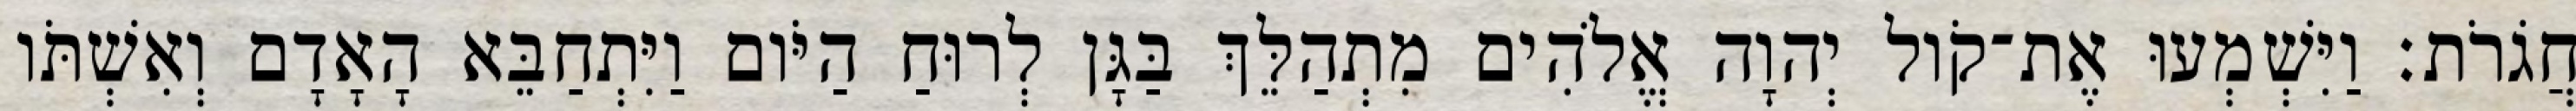
חֲגֹרֹת׃ וַיִּשְׁמְעוּ אֶת־קֹול יְהוָה אֱלֹהִים מִתְהַלֵּךְ בַּגָּן לְרוּחַ הַיֹּום וַיִּתְחַבֵּא הָאָדָם וְאִשְׁתֹּו